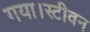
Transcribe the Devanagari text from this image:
गया।स्टीवन